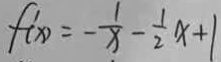
f ^ { \prime } ( x ) = - \frac { 1 } { x } - \frac { 1 } { 2 } x + 1